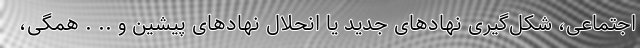
اجتماعی، شکل‌گیری نهادهای جدید یا انحلال نهادهای پیشین و .. . همگی،